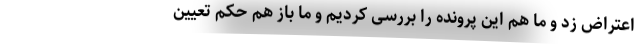
اعتراض زد و ما هم این پرونده را بررسی کردیم و ما باز هم حکم تعیین